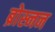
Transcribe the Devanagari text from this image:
ब्रोस्नन